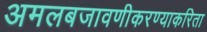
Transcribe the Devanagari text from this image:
अमलबजावणीकरण्याकरिता